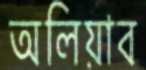
অলিয়াব